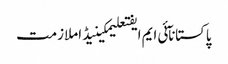
پاکستانآئی ایم ایفتعلیمکینیڈاملازمت